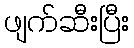
ဖျက်ဆီးပြီး